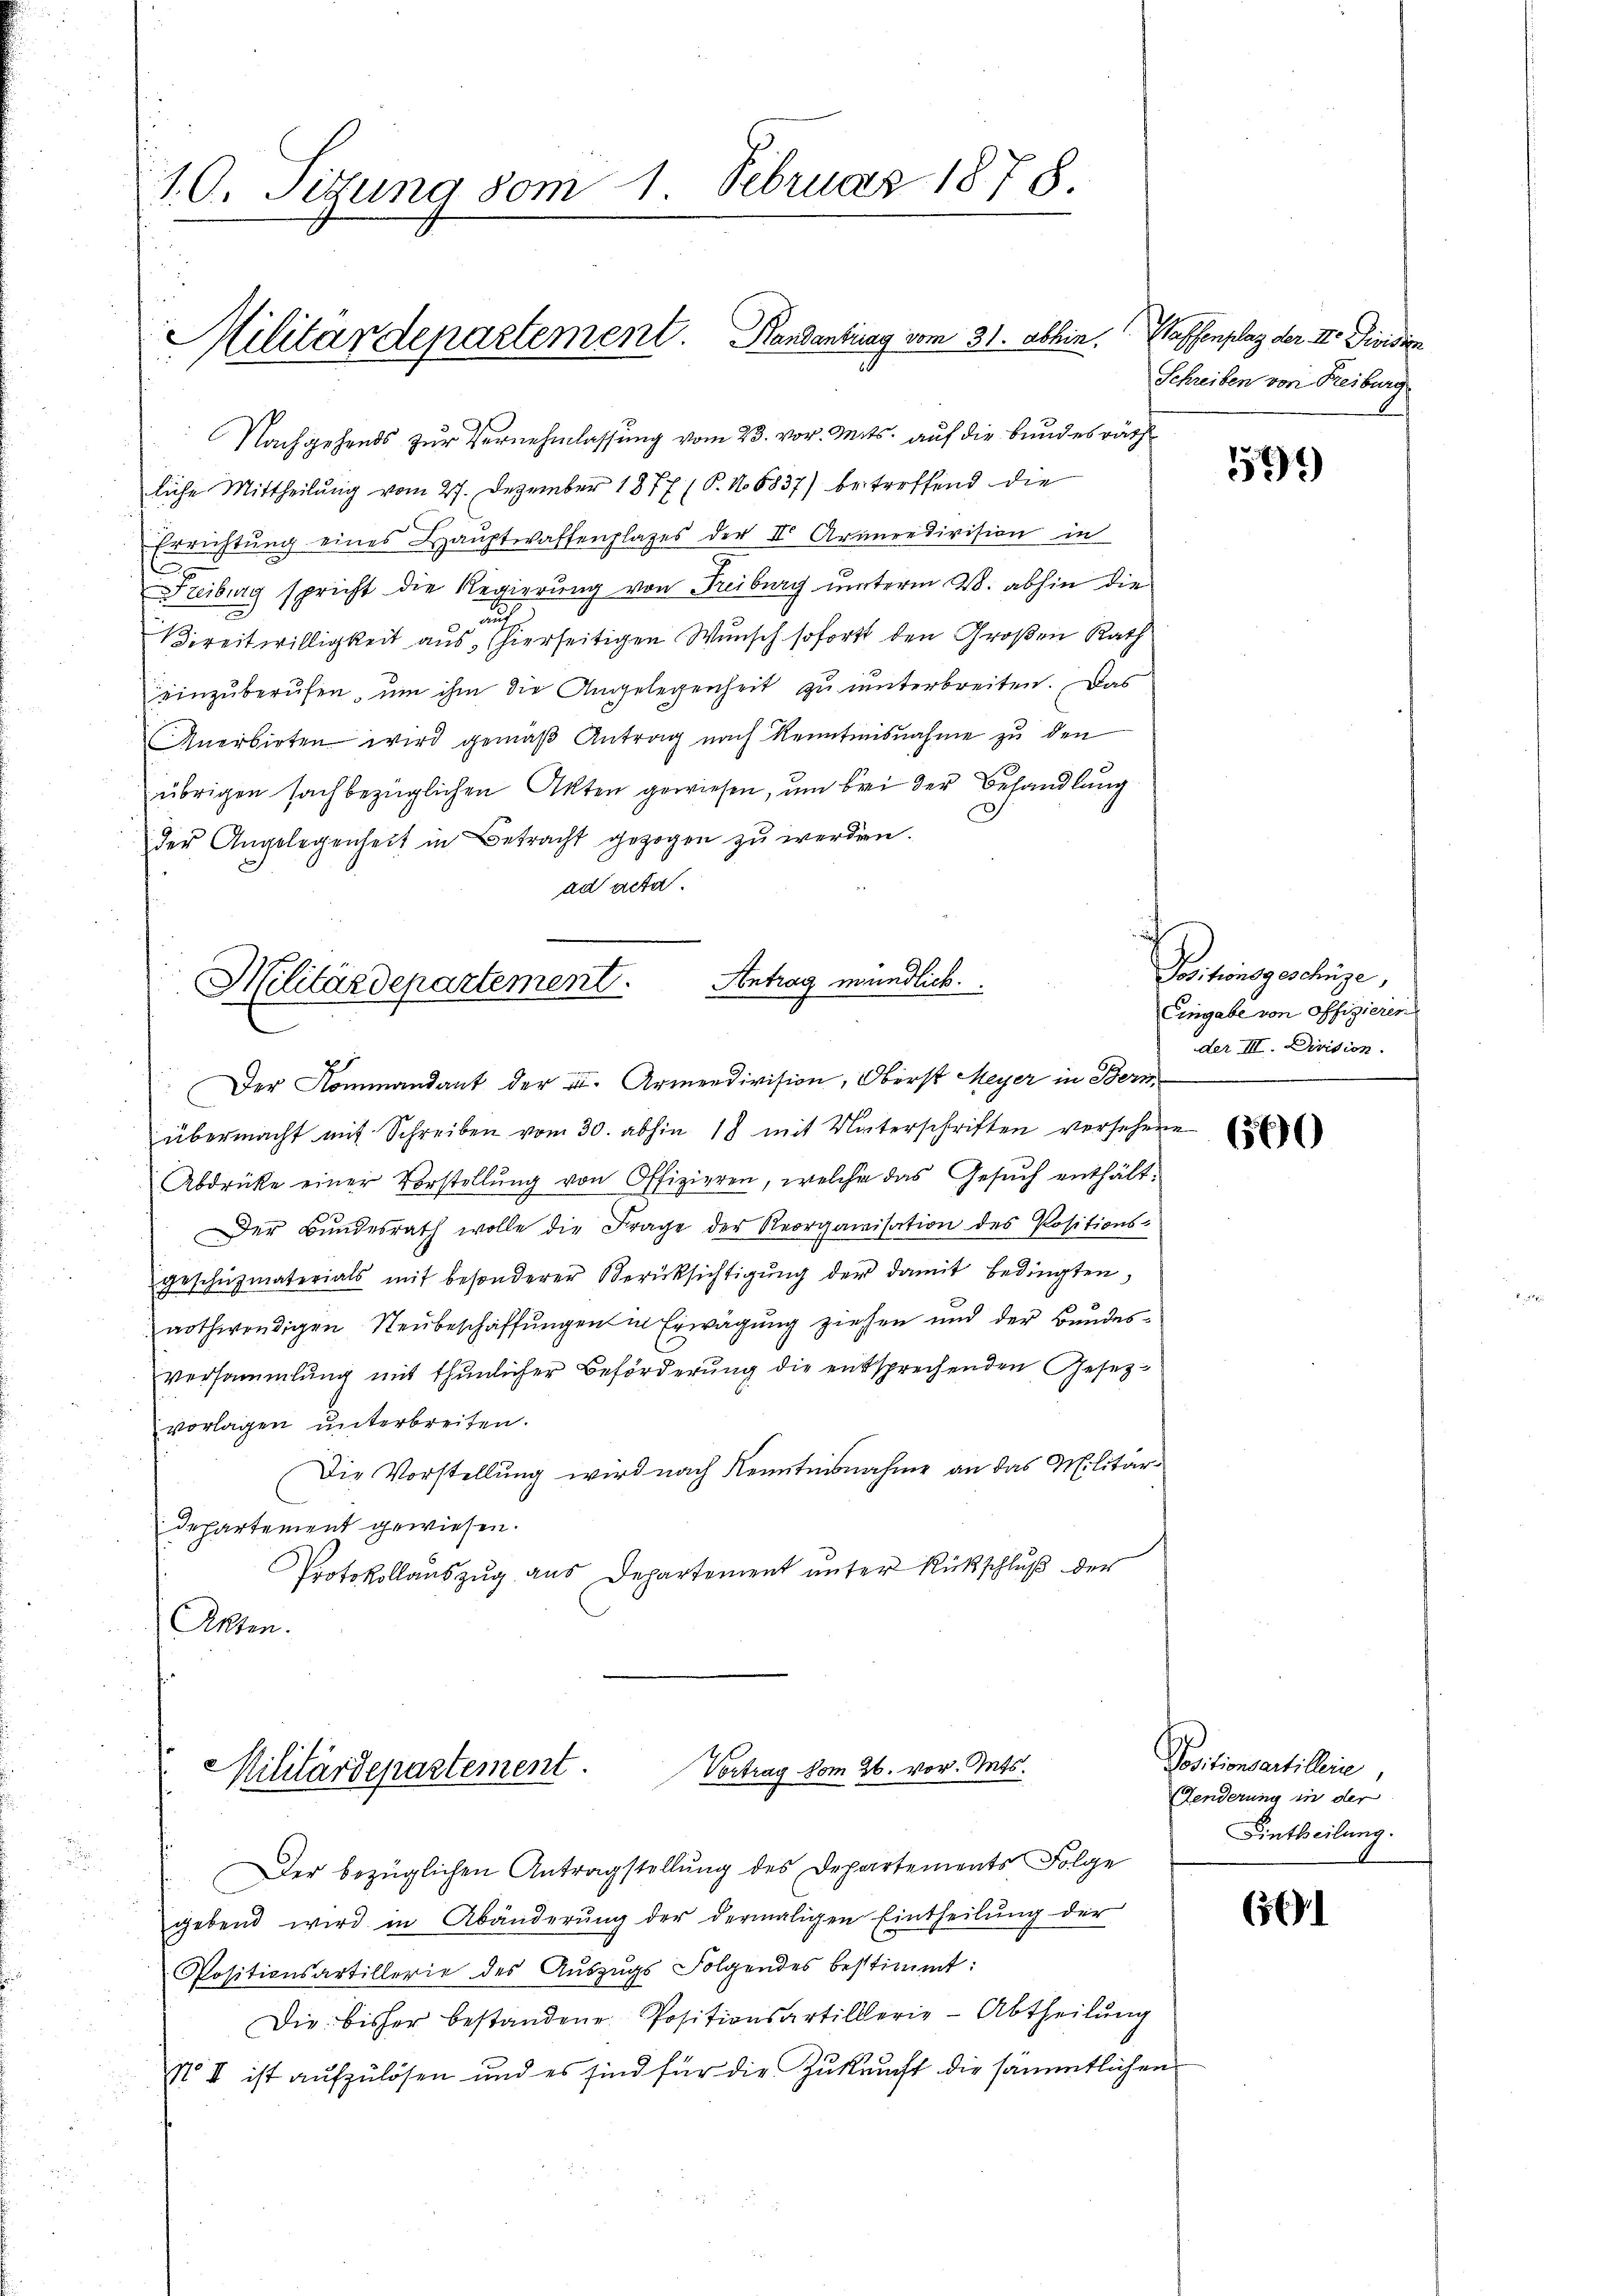
1. C. Sitzung vom 1. Februar 1878.

Militärdepartement. Handantrag vom 31. abhin. Waffenplaz der II. Dividien

Nachgehends zur Vernehmlassung vom 23. vor. Mits. auf die bundesräth
liche Mittheilung vom 27. Dezember 1877 (S. 18837) betreffend die
Errichtŭng eines Hauptwaffenplazes der II Araredivision in
Freiburg spricht die Regierung von Freiburg unterm 28. abhin die
un
Bereitwilligkeit aus, hierseitigen Wunsch sofortt den Großen Rath
einzuberufen, um ihm die Angelegenheit zu unterbreiten. Das
Anerbieten wird gemäß Antrag nach Kenntnisnahme zu den
übrigen sachbezüglichen Akten gewiesen, um bei der Behandlung
D
der Angelegenheit in Betracht gezogen zu werden.
ad acta.

Militärdepartement. Antrag mündlich.
Der Kommandant der II. Armendivision, Oberst Meyer in Bern

übermacht mit Schreiben vom 30. abhin 18 mit Unterschriften versehene
Abdrücke einer Vorstellung von Offizieren, welche das Gesuch enthält¬
Der Bundesrath wolle die Frage der Reorganisation des Positions-
geschüzmaterials mit besonderer Berüksichtigŭng der damit bedingten,
nothwendigen Neubeschaffungen in Erwägung ziehen und der Bundesversammlung mit thunlicher Beförderung die entsprechenden Gesetzvorlagen unterbreiten.
Die Vorstellung wird nach Kenntnisnahme an das Militärdepartement gewiesen.
Protokollauszug aus Departement unter Rückschluß der
Akten.

Vortrag vom 26. vor. Mts.
Militärdepartement

Der bezüglichen Antragstellung des Departements Folge
gebend wird in Abänderung der dermaligen Eintheilung der

Positionsartillerie des Auszugs Folgendes bestimmt:
Die bisher bestandene Positionsartillerie - Abtheilung
N I ist aufzulösen und es sind für die Zukunft die sämmtlichen

Schreiben von Freiburg

599)

Positionsgeschrige,
Eingabe von Offizieren
der III. Division.

600

Positionsartilleine
Fenderung in der
Eintheilung.

(561